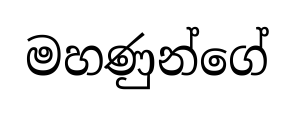
මහණුන්ගේ